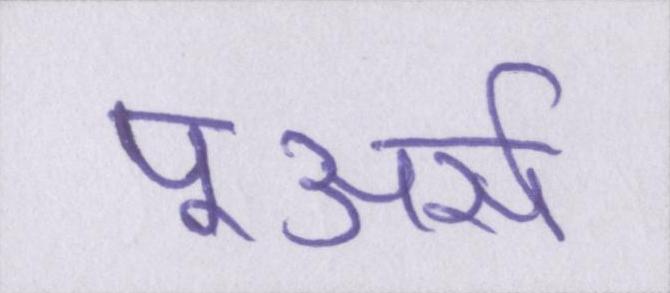
पूअर्स